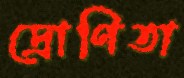
দ্রোণিতা